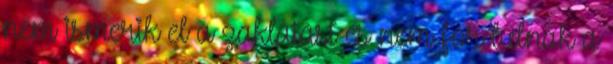
nem ismerik el a zaklatást és nem fordulnak a